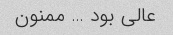
عالی بود … ممنون